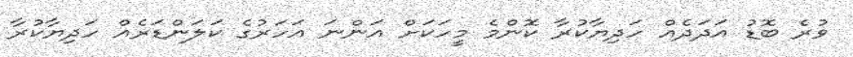
ވުރެ ބޮޑު އަދަދެއް ހަދިޔާކުރާ ކޮންމެ މީހަކަށް އަންނަ އަހަރުގެ ކަލަންޑަރެއް ހަދިޔާކުރާ